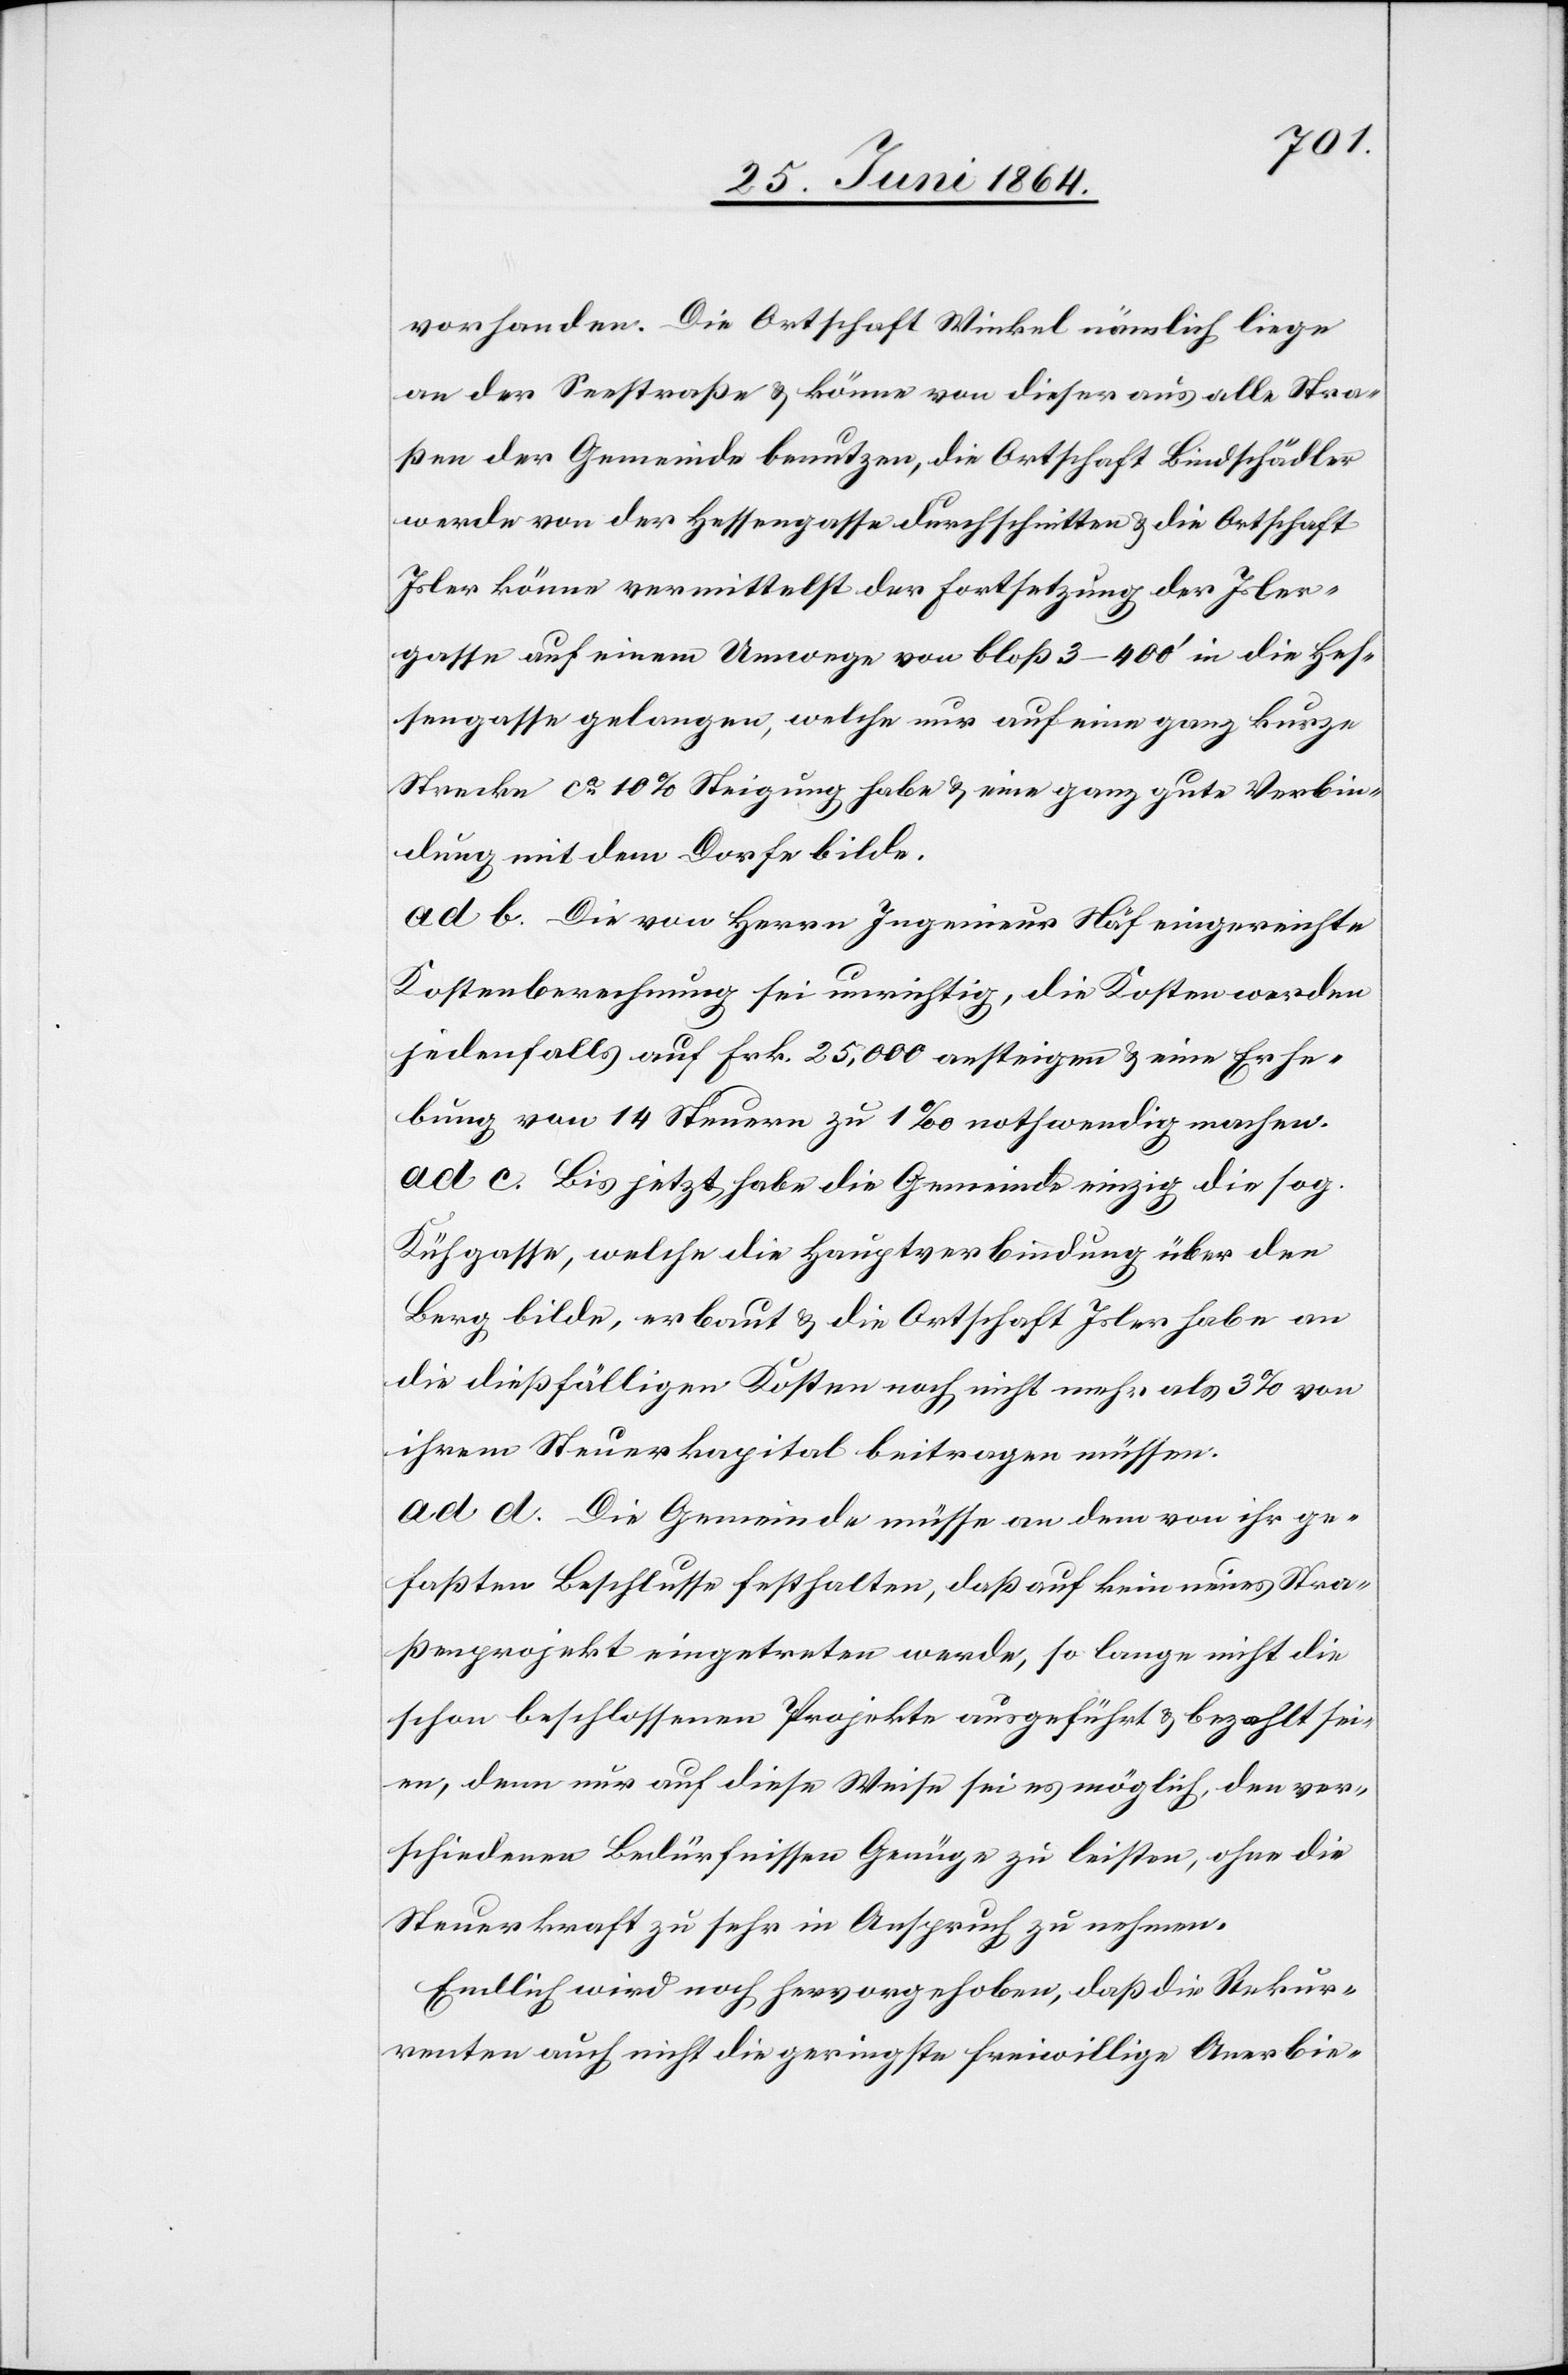
vorhanden. Die Ortschaft Winkel nämlich liege
an der Seestraße u. könne von dieser aus alle Stra¬
ßen der Gemeinde benutzen, die Ortschaft Bindschädler
werde von der Hessengasse durchschnitten u. die Ortschaft
Isler könne vermittelst der Fortsetzung der Isler¬
gasse auf einem Umwege von bloß 3–400’ in die Hes¬
sengasse gelangen, welche nur auf eine ganz kurze
Strecke ca 10% Steigung habe u. eine ganz gute Verbin¬
dung mit dem Dorfe bilde.
ad b. Die von Herrn Ingenieur Näf eingereichte
Kostenberechnung sei unrichtig, die Kosten werden
jedenfalls auf Frk. 25,000 ansteigen u. eine Erhe¬
bung von 14 Steuern zu 1‰ nothwendig machen.
ad c. Bis jetzt habe die Gemeinde einzig die sog.
Kühgasse, welche die Hauptverbindung über den
Berg bilde, erbaut u. die Ortschaft Isler habe an
die dießfälligen Kosten noch nicht mehr als 3% von
ihrem Steuerkapital beitragen müssen.
ad d. Die Gemeinde müsse an dem von ihr ge¬
faßten Beschlusse festhalten, daß auf kein neues Stra¬
ßenprojekt eingetreten werde, so lange nicht die
schon beschlossenen Projekte ausgeführt u. bezahlt sei¬
en, denn nur auf diese Weise sei es möglich, den ver¬
schiedenen Bedürfnissen Genüge zu leisten, ohne die
Steuerkraft zu sehr in Anspruch zu nehmen.
Endlich wird noch hervorgehoben, daß die Rekur¬
renten auch nicht die geringste freiwillige Anerbie-